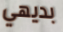
بديهي